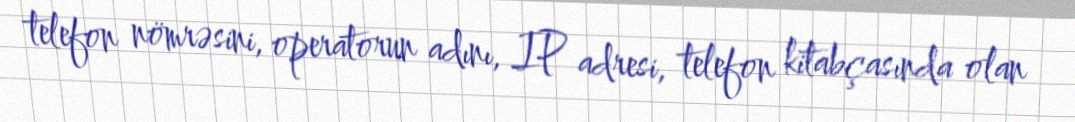
telefon nömrəsini, operatorun adını, IP adresi, telefon kitabçasında olan